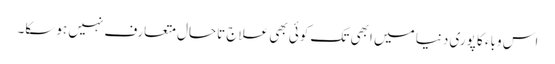
اس وباء کا پوری دنیا میں ابھی تک کوئی بھی علاج تاحال متعارف نہیں ہوسکا۔